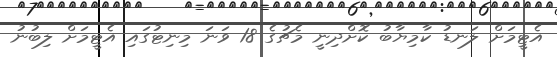
އެޓީމަށް ލަނޑު ކާމިޔާބު ކޮށްދިނީ މެޗުގެ 18 ވަނަ މިނިޓުގައި އެޓީމަށް ލިބުނު